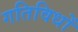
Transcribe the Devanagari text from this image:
गतिविधों